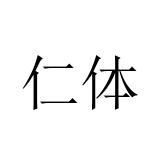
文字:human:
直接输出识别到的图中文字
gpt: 仁体